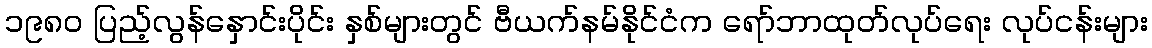
၁၉၈၀ ပြည့်လွန်နှောင်းပိုင်း နှစ်များတွင် ဗီယက်နမ်နိုင်ငံက ရော်ဘာထုတ်လုပ်ရေး လုပ်ငန်းများ